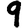
Digit: 9